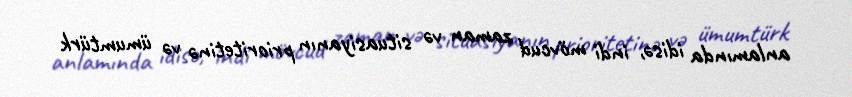
anlamında idisə, indi mövcud zaman və situasiyanın prioritetinə və ümumtürk